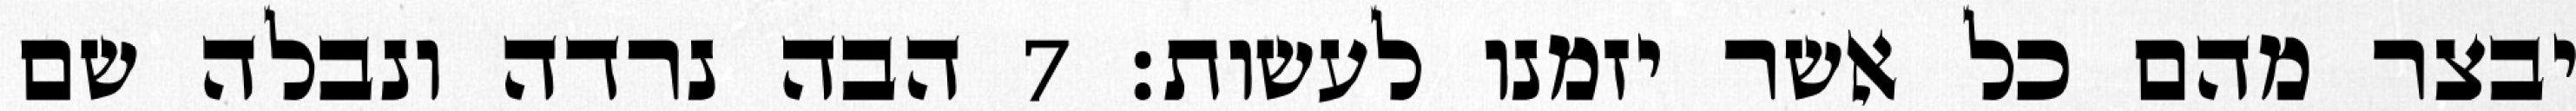
יבצר מהם כל אשר יזמנו לעשות׃ ‎7‏ הבה נרדה ונבלה שם